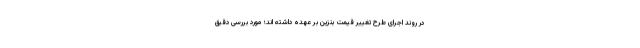
در روند اجرای طرح تغییر قیمت بنزین بر عهده داشته اند؛ مورد بررسی دقیق